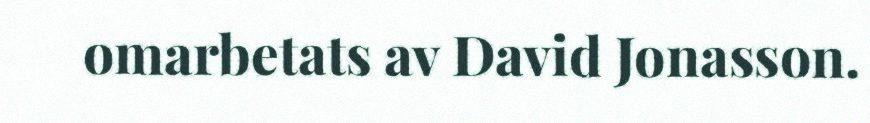
omarbetats av David Jonasson.